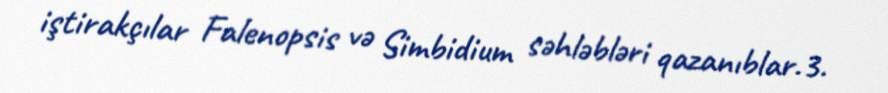
iştirakçılar Falenopsis və Simbidium səhləbləri qazanıblar.3.